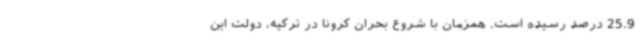
25.9 درصد رسیده است. همزمان با شروع بحران کرونا در ترکیه، دولت این